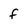
Character: f